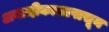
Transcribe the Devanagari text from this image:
अनादीकालापासून